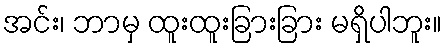
အင်း၊ ဘာမှ ထူးထူးခြားခြား မရှိပါဘူး။